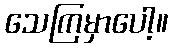
သေကြမှာပေါ့။